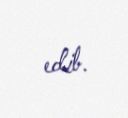
edib.